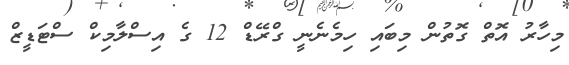
މިހާރު އޮތް ގޮތުން މިބައި ހިމެނެނީ ގްރޭޑް 12 ގެ އިސްލާމިކް ސްޓަޑީޒް